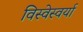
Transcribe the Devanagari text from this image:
विस्वेस्वर्या